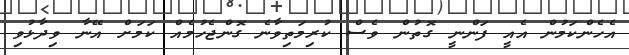
އެހެންކަމުން އެއީ ފަންނީ ގޮތުން ވެސް ކުރިމަތިވާނެ ގޮންޖެހުމެއް ކަމަށް އޭނާ ވިދާޅުވި